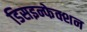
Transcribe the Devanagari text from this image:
डिसइन्फेक्शन